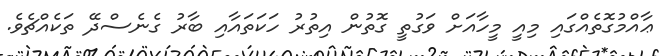
ޢާއްމުގޮތެއްގައި މިއީ މީހާއަށް ވަގުތީ ގޮތުން އިތުރު ހަކަތައާއި ބާރު ގެނެސްދޭ ތަކެއްޗެވެ.